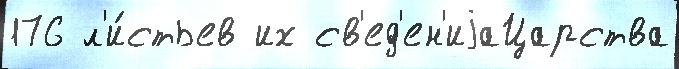
176 л'и́стьев их св'ед'ен'иjаЦарства